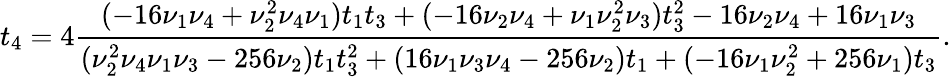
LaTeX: t_{4}=4\frac{(-16\nu_{1}\nu_{4}+\nu_{2}^{2}\nu_{4}\nu_{1})t_{1}t_{3}+(-16\nu_{2}\nu_{4}+\nu_{1}\nu_{2}^{2}\nu_{3})t_{3}^{2}-16\nu_{2}\nu_{4}+16\nu_{1}\nu_{3}}{(\nu_{2}^{2}\nu_{4}\nu_{1}\nu_{3}-256\nu_{2})t_{1}t_{3}^{2}+(16\nu_{1}\nu_{3}\nu_{4}-256\nu_{2})t_{1}+(-16\nu_{1}\nu_{2}^{2}+256\nu_{1})t_{3}}.